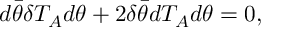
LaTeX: d \bar { \theta } \delta T _ { A } d \theta + 2 \delta \bar { \theta } d T _ { A } d \theta = 0 ,